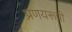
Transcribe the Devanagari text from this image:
प्रणयरूपी